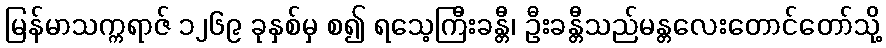
မြန်မာသက္ကရာဇ် ၁၂၆၉ ခုနှစ်မှ စ၍ ရသေ့ကြီးခန္တီ၊ ဦးခန္တီသည်မန္တလေးတောင်တော်သို့